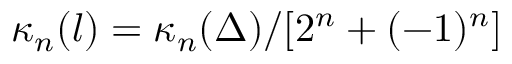
\kappa _ { n } ( l ) = \kappa _ { n } ( \Delta ) / [ 2 ^ { n } + ( - 1 ) ^ { n } ]